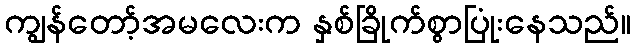
ကျွန်တော့်အမလေးက နှစ်ခြိုက်စွာပြုံးနေသည်။